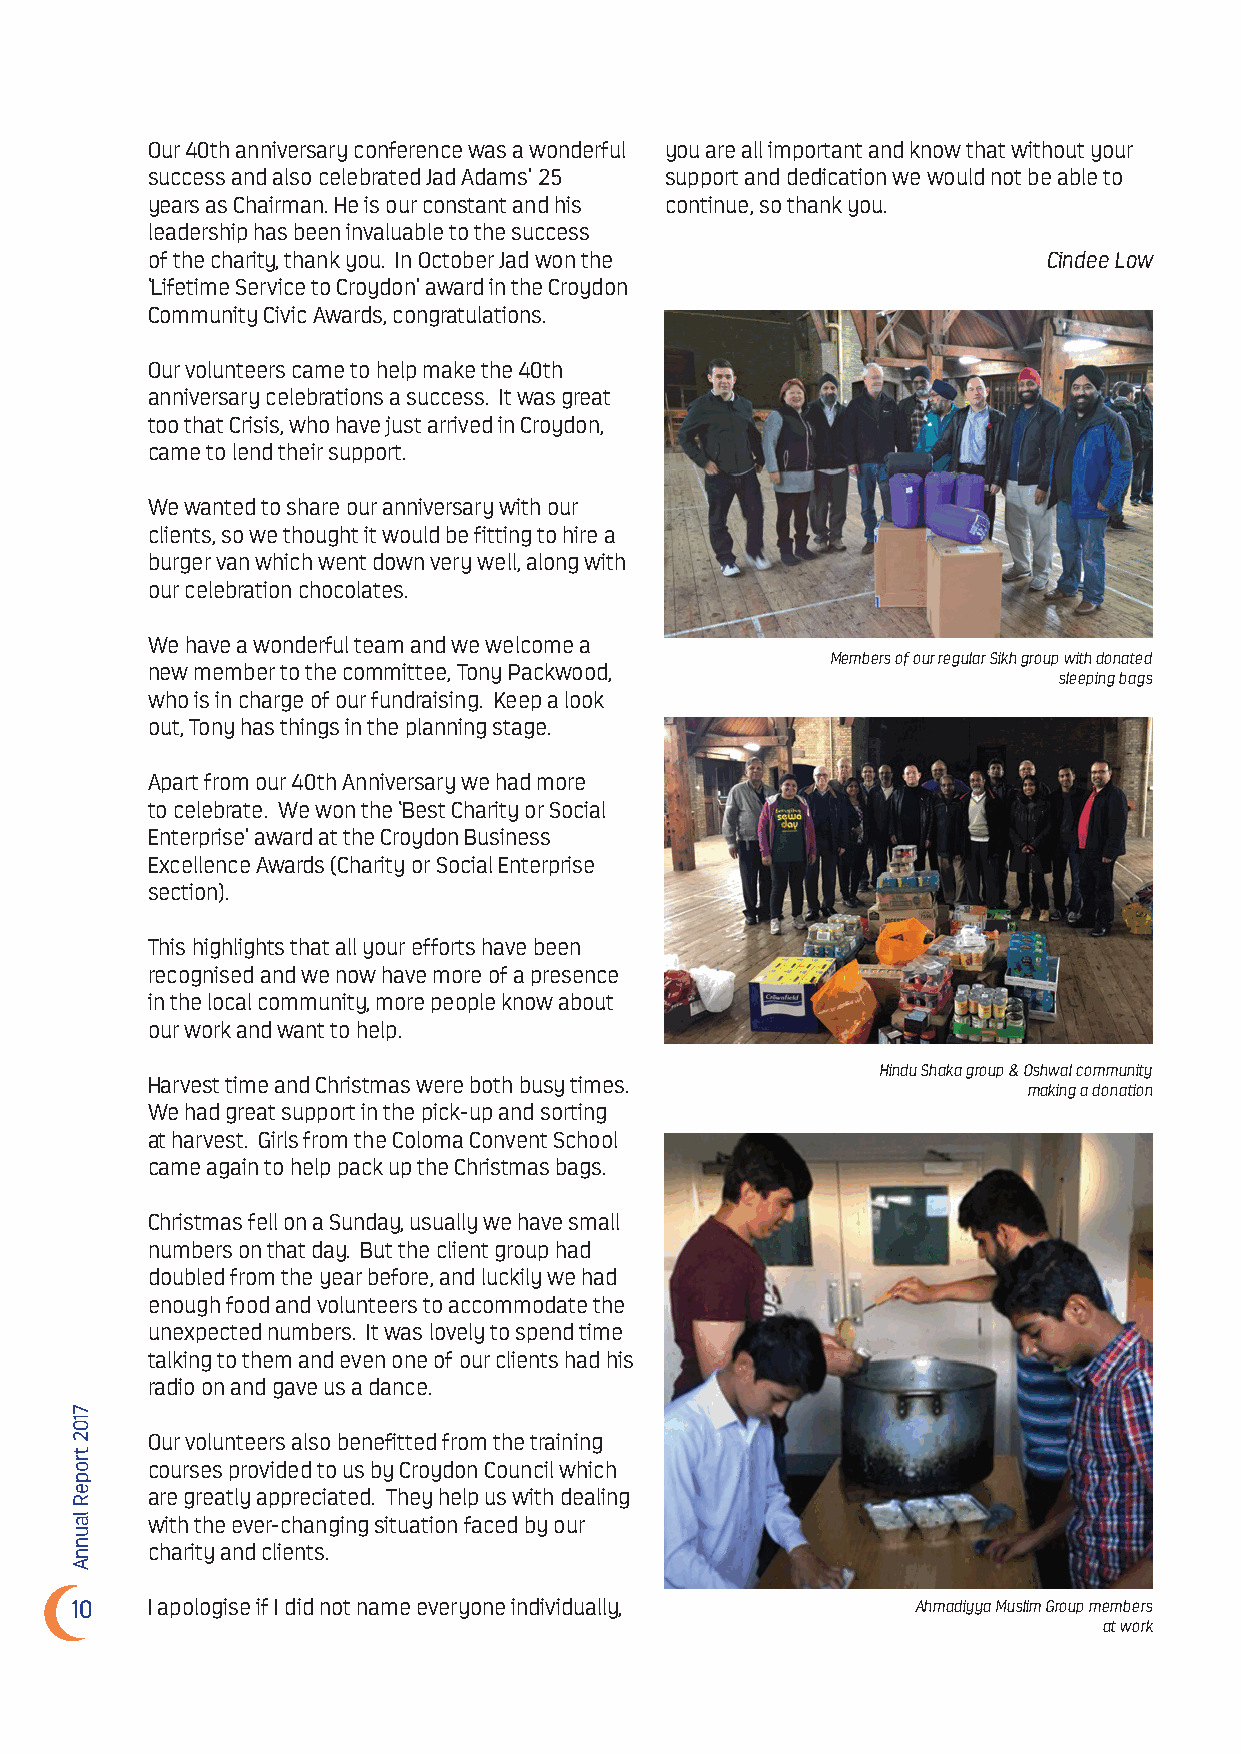
Our 40th anniversary conference was a wonderful you are all important and know that without your
 success and also celebrated Jad Adams’ 25 support and dedication we would not be able to
 years as Chairman. He is our constant and his continue, so thank you.
 leadership has been invaluable to the success
 of the charity, thank you. In October Jad won the          Cindee Low
 ‘Lifetime Service to Croydon’ award in the Croydon
 Community Civic Awards, congratulations.
 Our volunteers came to help make the 40th
 anniversary celebrations a success. It was great
 too that Crisis, who have just arrived in Croydon,
 came to lend their support.
 We wanted to share our anniversary with our
 clients, so we thought it would be fitting to hire a
 burger van which went down very well, along with
 our celebration chocolates.
 We have a wonderful team and we welcome a
 Members of our regular Sikh group with donated
 new member to the committee, Tony Packwood,
 sleeping bags
 who is in charge of our fundraising. Keep a look
 out, Tony has things in the planning stage.
 Apart from our 40th Anniversary we had more
 to celebrate. We won the ‘Best Charity or Social
 Enterprise’ award at the Croydon Business
 Excellence Awards (Charity or Social Enterprise
 section).
 This highlights that all your efforts have been
 recognised and we now have more of a presence
 in the local community, more people know about
 our work and want to help.
 Hindu Shaka group & Oshwal community
 Harvest time and Christmas were both busy times.
 making a donation
 We had great support in the pick-up and sorting
 at harvest. Girls from the Coloma Convent School
 came again to help pack up the Christmas bags.
 Christmas fell on a Sunday, usually we have small
 numbers on that day. But the client group had
 doubled from the year before, and luckily we had
 enough food and volunteers to accommodate the
 unexpected numbers. It was lovely to spend time
 talking to them and even one of our clients had his
 radio on and gave us a dance.
 Our volunteers also benefitted from the training
 courses provided to us by Croydon Council which
 are greatly appreciated. They help us with dealing
 with the ever-changing situation faced by our
 charity and clients.
 10   I apologise if I did not name everyone individually, Ahmadiyya Muslim Group members
 at work
 7102
 tropeR
 launnA